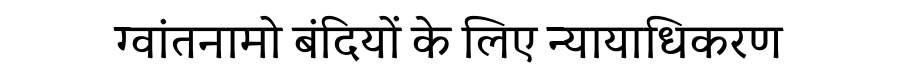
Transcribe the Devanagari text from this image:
ग्वांतनामो बंदियों के लिए न्यायाधिकरण